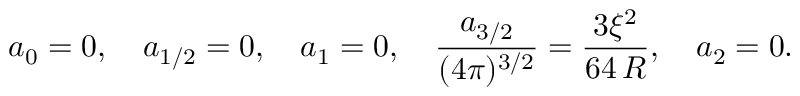
a _ { 0 } = 0 , \quad a _ { 1 / 2 } = 0 , \quad a _ { 1 } = 0 , \quad \frac { a _ { 3 / 2 } } { ( 4 \pi ) ^ { 3 / 2 } } = \frac { 3 \xi ^ { 2 } } { 6 4 \, R } , \quad a _ { 2 } = 0 .